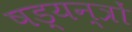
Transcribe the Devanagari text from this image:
षड्‍यन्त्रों